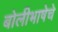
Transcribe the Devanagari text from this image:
बोलीभाषेचे